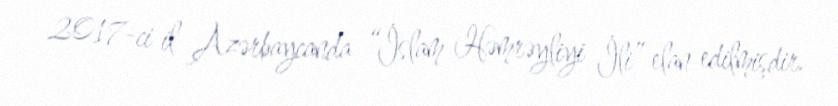
2017-ci il Azərbaycanda “İslam Həmrəyliyi İli” elan edilmişdir.